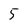
Character: 5